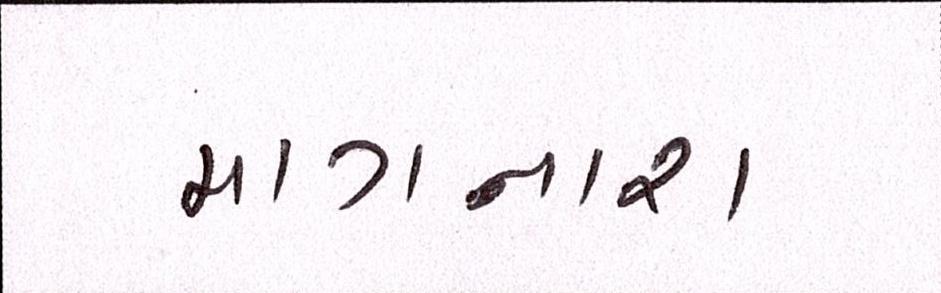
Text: માગનારા